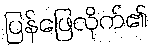
ပြန်ဖြေလိုက်၏